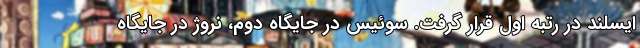
ایسلند در رتبه اول قرار گرفت. سوئیس در جایگاه دوم، نروژ در جایگاه